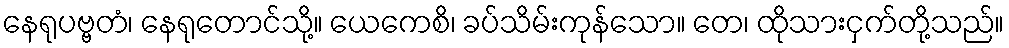
နေရုပဗ္ဗတံ၊ နေရုတောင်သို့။ ယေကေစိ၊ ခပ်သိမ်းကုန်သော။ တေ၊ ထိုသားငှက်တို့သည်။